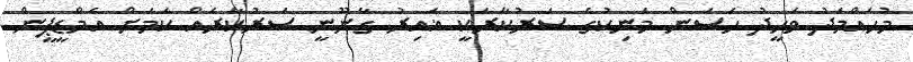
މުހައްމަދު ވަހީދު ހަސަން މަނިކުގެ ސަރުކާރަކީ ޣައިރު ގާނޫނީ ސަރުކާރެއް ކަމަށް އެމްޑީޕީން